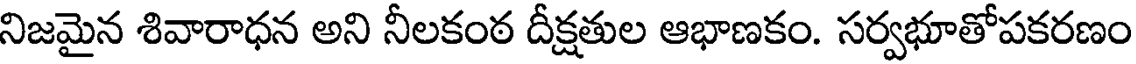
నిజమైన శివారాధన అని నీలకంఠ దీక్షతుల ఆభాణకం. సర్వభూతోపకరణం